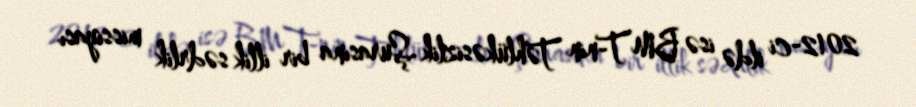
2012-ci ildə isə BMT-nin Təhlükəsizlik Şurasına bir illik sədrlik missiyası